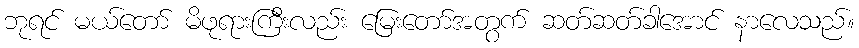
ဘုရင် မယ်တော် မိဖုရားကြီးလည်း မြေးတော်အတွက် ဆတ်ဆတ်ခါအောင် နာလေသည်။